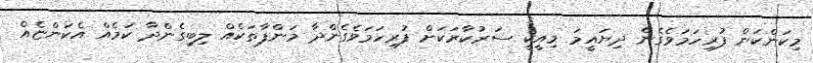
މިކަންކަން ފުރިހަމަވެގެން ދިޔައީމަ މިއީކީ ސަރުކާރަކަށް ފުރިހަމަވެގެންދާ މަންފާތަކެއް ލިބިގެންދާ ކަމެއް އެކަންޏެއް